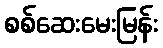
စစ်ဆေးမေးမြန်း